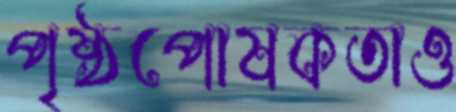
পৃষ্ঠপোষকতাও